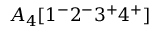
A _ { 4 } [ 1 ^ { - } 2 ^ { - } 3 ^ { + } 4 ^ { + } ]